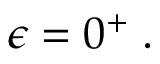
\epsilon = 0 ^ { + } \; .